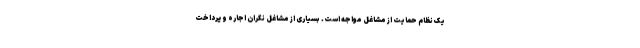
یک نظام حمایت از مشاغل مواجه است. بسیاری از مشاغل نگران اجاره و پرداخت